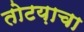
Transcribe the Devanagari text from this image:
तोटय़ाचा